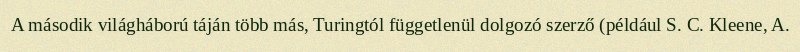
A második világháború táján több más, Turingtól függetlenül dolgozó szerző (például S. C. Kleene, A.